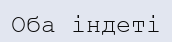
Оба індеті